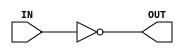
// Name: inv.v
// Module: INVERTER
// Input: IN - input
//  
// Output: OUT - output
//
// Notes: Simple inverter
// 
//
// Revision History:
//
// Version	Date		Who		email			note
//------------------------------------------------------------------------------------------
//  1.0     Sep 07, 2014	Kaushik Patra	kpatra@sjsu.edu		Initial creation
//------------------------------------------------------------------------------------------
module INVERTER (OUT, IN);
// list of inputs
input IN;
// list of outputs
output OUT;

assign OUT = ~IN;

endmodule